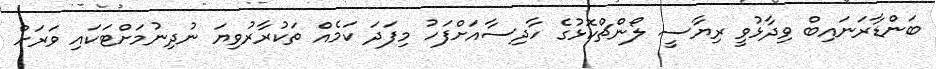
ބަންޑާރަނައިބް ވިދާޅުވީ ރިޔާސީ ލޯންޗްކޮޅުގެ ހާދިސާއަށްފަހު މިފަދަ ކަމެއް ތަކުރާރުވިޔަ ނުދިނުމަށްޓަކައި ވަރަށް